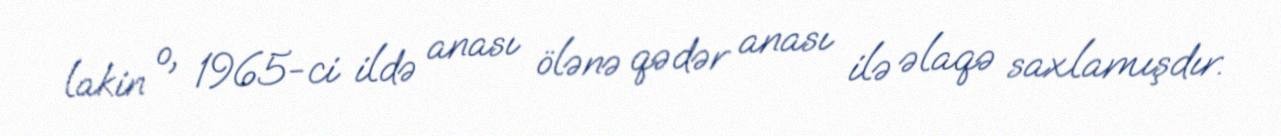
lakin o, 1965-ci ildə anası ölənə qədər anası ilə əlaqə saxlamışdır.